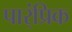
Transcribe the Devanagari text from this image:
पार्ंप्रिक